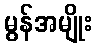
မွန်အမျိုး